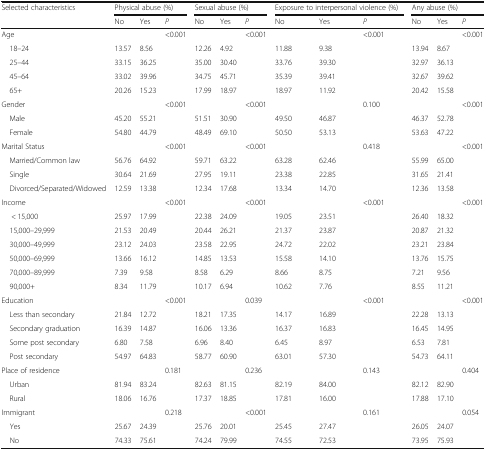
<table><thead><tr><td><b>Selected characteristics</b></td><td colspan="3"><b>Physical abuse (%)</b></td><td colspan="3"><b>Sexual abuse (%)</b></td><td colspan="3"><b>Exposure to interpersonal violence (%)</b></td><td colspan="3"><b>Any abuse (%)</b></td></tr><tr><td></td><td><b>No</b></td><td><b>Yes</b></td><td><b><i>P</i></b></td><td><b>No</b></td><td><b>Yes</b></td><td><b><i>P</i></b></td><td><b>No</b></td><td><b>Yes</b></td><td><b><i>P</i></b></td><td><b>No</b></td><td><b>Yes</b></td><td><b><i>P</i></b></td></tr></thead><tbody><tr><td>Age</td><td></td><td></td><td>&lt;0.001</td><td></td><td></td><td>&lt;0.001</td><td></td><td></td><td>&lt;0.001</td><td></td><td></td><td>&lt;0.001</td></tr><tr><td> 18–24</td><td>13.57</td><td>8.56</td><td></td><td>12.26</td><td>4.92</td><td></td><td>11.88</td><td>9.38</td><td></td><td>13.94</td><td>8.67</td><td></td></tr><tr><td> 25–44</td><td>33.15</td><td>36.25</td><td></td><td>35.00</td><td>30.40</td><td></td><td>33.76</td><td>39.30</td><td></td><td>32.97</td><td>36.13</td><td></td></tr><tr><td> 45–64</td><td>33.02</td><td>39.96</td><td></td><td>34.75</td><td>45.71</td><td></td><td>35.39</td><td>39.41</td><td></td><td>32.67</td><td>39.62</td><td></td></tr><tr><td> 65+</td><td>20.26</td><td>15.23</td><td></td><td>17.99</td><td>18.97</td><td></td><td>18.97</td><td>11.92</td><td></td><td>20.42</td><td>15.58</td><td></td></tr><tr><td>Gender</td><td></td><td></td><td>&lt;0.001</td><td></td><td></td><td>&lt;0.001</td><td></td><td></td><td>0.100</td><td></td><td></td><td>&lt;0.001</td></tr><tr><td> Male</td><td>45.20</td><td>55.21</td><td></td><td>51.51</td><td>30.90</td><td></td><td>49.50</td><td>46.87</td><td></td><td>46.37</td><td>52.78</td><td></td></tr><tr><td> Female</td><td>54.80</td><td>44.79</td><td></td><td>48.49</td><td>69.10</td><td></td><td>50.50</td><td>53.13</td><td></td><td>53.63</td><td>47.22</td><td></td></tr><tr><td>Marital Status</td><td></td><td></td><td>&lt;0.001</td><td></td><td></td><td>&lt;0.001</td><td></td><td></td><td>0.418</td><td></td><td></td><td>&lt;0.001</td></tr><tr><td> Married/Common law</td><td>56.76</td><td>64.92</td><td></td><td>59.71</td><td>63.22</td><td></td><td>63.28</td><td>62.46</td><td></td><td>55.99</td><td>65.00</td><td></td></tr><tr><td> Single</td><td>30.64</td><td>21.69</td><td></td><td>27.95</td><td>19.11</td><td></td><td>23.38</td><td>22.85</td><td></td><td>31.65</td><td>21.41</td><td></td></tr><tr><td> Divorced/Separated/Widowed</td><td>12.59</td><td>13.38</td><td></td><td>12.34</td><td>17.68</td><td></td><td>13.34</td><td>14.70</td><td></td><td>12.36</td><td>13.58</td><td></td></tr><tr><td>Income</td><td></td><td></td><td>&lt;0.001</td><td></td><td></td><td>&lt;0.001</td><td></td><td></td><td>&lt;0.001</td><td></td><td></td><td>&lt;0.001</td></tr><tr><td>&lt; 15,000</td><td>25.97</td><td>17.99</td><td></td><td>22.38</td><td>24.09</td><td></td><td>19.05</td><td>23.51</td><td></td><td>26.40</td><td>18.32</td><td></td></tr><tr><td> 15,000–29,999</td><td>21.53</td><td>20.49</td><td></td><td>20.44</td><td>26.21</td><td></td><td>21.37</td><td>23.87</td><td></td><td>20.87</td><td>21.32</td><td></td></tr><tr><td> 30,000–49,999</td><td>23.12</td><td>24.03</td><td></td><td>23.58</td><td>22.95</td><td></td><td>24.72</td><td>22.02</td><td></td><td>23.21</td><td>23.84</td><td></td></tr><tr><td> 50,000–69,999</td><td>13.66</td><td>16.12</td><td></td><td>14.85</td><td>13.53</td><td></td><td>15.58</td><td>14.10</td><td></td><td>13.76</td><td>15.75</td><td></td></tr><tr><td> 70,000–89,999</td><td>7.39</td><td>9.58</td><td></td><td>8.58</td><td>6.29</td><td></td><td>8.66</td><td>8.75</td><td></td><td>7.21</td><td>9.56</td><td></td></tr><tr><td> 90,000+</td><td>8.34</td><td>11.79</td><td></td><td>10.17</td><td>6.94</td><td></td><td>10.62</td><td>7.76</td><td></td><td>8.55</td><td>11.21</td><td></td></tr><tr><td>Education</td><td></td><td></td><td>&lt;0.001</td><td></td><td></td><td>0.039</td><td></td><td></td><td>&lt;0.001</td><td></td><td></td><td>&lt;0.001</td></tr><tr><td> Less than secondary</td><td>21.84</td><td>12.72</td><td></td><td>18.21</td><td>17.35</td><td></td><td>14.17</td><td>16.89</td><td></td><td>22.28</td><td>13.13</td><td></td></tr><tr><td> Secondary graduation</td><td>16.39</td><td>14.87</td><td></td><td>16.06</td><td>13.36</td><td></td><td>16.37</td><td>16.83</td><td></td><td>16.45</td><td>14.95</td><td></td></tr><tr><td> Some post secondary</td><td>6.80</td><td>7.58</td><td></td><td>6.96</td><td>8.40</td><td></td><td>6.45</td><td>8.97</td><td></td><td>6.53</td><td>7.81</td><td></td></tr><tr><td> Post secondary</td><td>54.97</td><td>64.83</td><td></td><td>58.77</td><td>60.90</td><td></td><td>63.01</td><td>57.30</td><td></td><td>54.73</td><td>64.11</td><td></td></tr><tr><td>Place of residence</td><td></td><td></td><td>0.181</td><td></td><td></td><td>0.236</td><td></td><td></td><td>0.143</td><td></td><td></td><td>0.404</td></tr><tr><td> Urban</td><td>81.94</td><td>83.24</td><td></td><td>82.63</td><td>81.15</td><td></td><td>82.19</td><td>84.00</td><td></td><td>82.12</td><td>82.90</td><td></td></tr><tr><td> Rural</td><td>18.06</td><td>16.76</td><td></td><td>17.37</td><td>18.85</td><td></td><td>17.81</td><td>16.00</td><td></td><td>17.88</td><td>17.10</td><td></td></tr><tr><td>Immigrant</td><td></td><td></td><td>0.218</td><td></td><td></td><td>&lt;0.001</td><td></td><td></td><td>0.161</td><td></td><td></td><td>0.054</td></tr><tr><td> Yes</td><td>25.67</td><td>24.39</td><td></td><td>25.76</td><td>20.01</td><td></td><td>25.45</td><td>27.47</td><td></td><td>26.05</td><td>24.07</td><td></td></tr><tr><td> No</td><td>74.33</td><td>75.61</td><td></td><td>74.24</td><td>79.99</td><td></td><td>74.55</td><td>72.53</td><td></td><td>73.95</td><td colspan="2">75.93</td></tr></tbody></table>